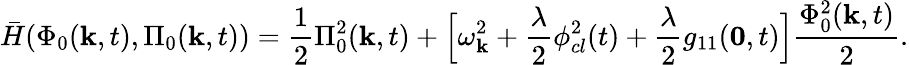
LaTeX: \bar{H}(\Phi_{0}({\mathbf k},t),\Pi_{0}({\mathbf k},t))=\frac{1}{2}\Pi_{0}^{2}({\mathbf k},t)+\Bigl[\omega_{\mathbf k}^{2}+\frac{\lambda}{2}\phi_{cl}^{2}(t)+\frac{\lambda}{2}g_{11}({\mathbf 0},t)\Bigr]\frac{\Phi_{0}^{2}({\mathbf k},t)}{2}.